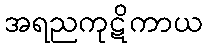
အရညကုဋိကာယ